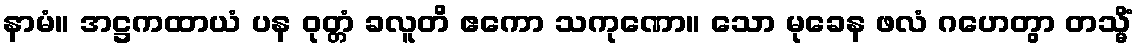
နာမံ။ အဋ္ဌကထာယံ ပန ဝုတ္တံ ခလူတိ ဧကော သကုဏော။ သော မုခေန ဖလံ ဂဟေတွာ တသ္မိံ